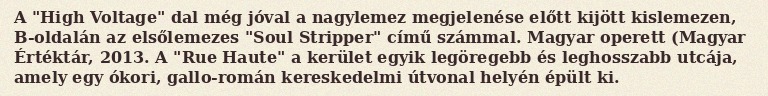
A "High Voltage" dal még jóval a nagylemez megjelenése előtt kijött kislemezen, B-oldalán az elsőlemezes "Soul Stripper" című számmal. Magyar operett (Magyar Értéktár, 2013. A "Rue Haute" a kerület egyik legöregebb és leghosszabb utcája, amely egy ókori, gallo-román kereskedelmi útvonal helyén épült ki.